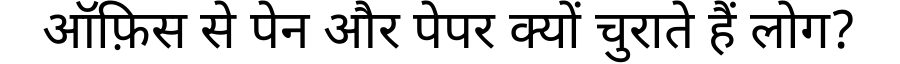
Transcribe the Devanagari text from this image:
ऑफ़िस से पेन और पेपर क्यों चुराते हैं लोग?